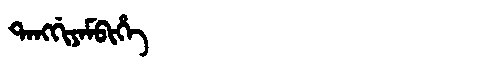
Manchu: ᡨᠠᠩᡤᡳᠶᠠᠮᠪᡳᡥᡝ
Romanization: TANGGIYAMBIHE